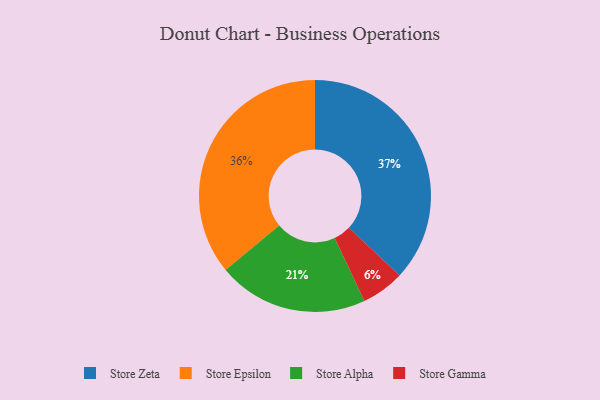
{"axis": {"x": "Category", "y": "Percentage"}, "legend": ["Store Alpha", "Store Epsilon", "Store Gamma", "Store Zeta"], "data": [{"x": "Store Zeta", "y": 37, "type": "Store Zeta"}, {"x": "Store Epsilon", "y": 36, "type": "Store Epsilon"}, {"x": "Store Alpha", "y": 21, "type": "Store Alpha"}, {"x": "Store Gamma", "y": 6, "type": "Store Gamma"}]}